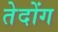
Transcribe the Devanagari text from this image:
तेदोंग